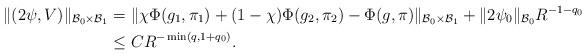
LaTeX: \begin{align*} \| ( 2\psi, V) \|_{\mathcal B_0 \times \mathcal B_1} &=\| \chi \Phi(g_1, \pi_1) + (1-\chi) \Phi(g_2, \pi_2) - \Phi(g, \pi)\| _{\mathcal B_0 \times \mathcal B_1} + \|2\psi_0 \|_{\mathcal{B}_0} R^{-1-q_0} \\& \le CR^{-\min(q, 1+q_0)}.\end{align*}